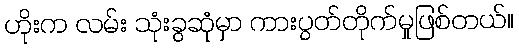
ဟိုးက လမ်း သုံးခွဆုံမှာ ကားပွတ်တိုက်မှုဖြစ်တယ်။